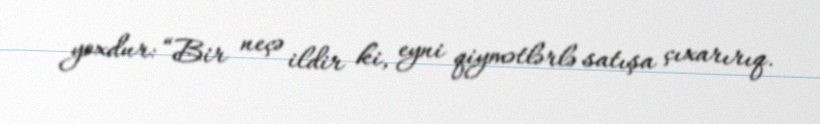
yoxdur: “Bir neçə ildir ki, eyni qiymətlərlə satışa çıxarırıq.